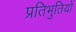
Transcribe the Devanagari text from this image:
प्रतिभुतियों